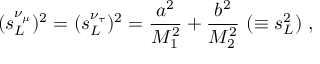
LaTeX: ( s _ { L } ^ { \nu _ { \mu } } ) ^ { 2 } = ( s _ { L } ^ { \nu _ { \tau } } ) ^ { 2 } = \frac { a ^ { 2 } } { M _ { 1 } ^ { 2 } } + \frac { b ^ { 2 } } { M _ { 2 } ^ { 2 } } \ ( \equiv s _ { L } ^ { 2 } ) \ ,